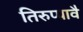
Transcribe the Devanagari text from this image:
तिरुप्पावै